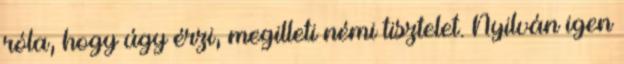
róla, hogy úgy érzi, megilleti némi tisztelet. Nyilván igen